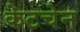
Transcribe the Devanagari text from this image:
केटचेन